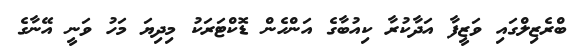
ބްރެޒިލްގައި ވަޒީފާ އަދާކުރާ ކިއުބާގެ އަންހެން ޑޮކްޓަރަކު މިދިޔަ މަހު ވަނީ އޭނާގެ